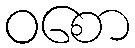
ဝစော